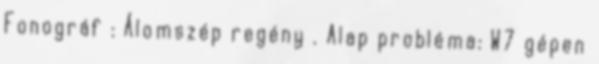
Fonográf : Álomszép regény . Alap probléma: W7 gépen